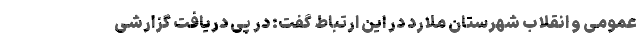
عمومی و انقلاب شهرستان ملارد در این ارتباط گفت: در پی دریافت گزارشی